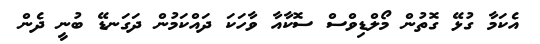
އެކަމާ ގުޅޭ ގޮތުން މޯލްޑިވްސް ސޮކާއާ ވާހަކަ ދައްކަމުން ދަގަނޑޭ ބުނީ ދެން